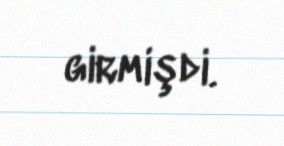
girmişdi.